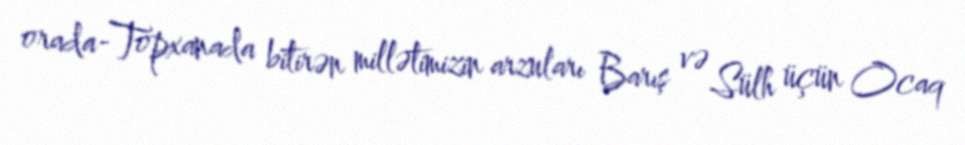
orada-Topxanada bitirən millətimizin arzuları Barış və Sülh üçün Ocaq